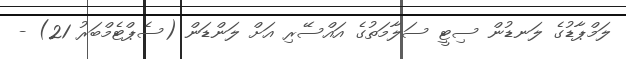
ލަމްޕާޑުގެ ލަނޑުން ސިޓީ ސަލާމަތުގެ އައްސޭރި އަށް ލަންޑަން (ސެޕްޓެމްބަރު 21) -